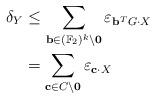
LaTeX: \begin{align*}\delta_Y& \leq \sum_{\mathbf{b} \in (\mathbb{F}_2)^k \setminus \mathbf{0}} \varepsilon_{\mathbf{b}^TG\cdot X}\\& = \sum_{\mathbf{c} \in C \setminus \mathbf{0}} \varepsilon_{\mathbf{c} \cdot X}\end{align*}